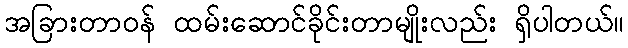
အခြားတာဝန် ထမ်းဆောင်ခိုင်းတာမျိုးလည်း ရှိပါတယ်။